Document type: Act of concord
Year: 1255
Scribe: Pere de Terme
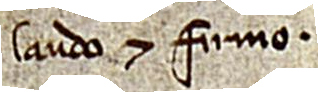
laudo et firmo.